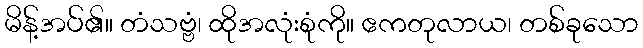
မိန့်အပ်၏။ တံသဗ္ဗံ၊ ထိုအလုံးစုံကို။ ဧကတုလာယ၊ တစ်ခုသော